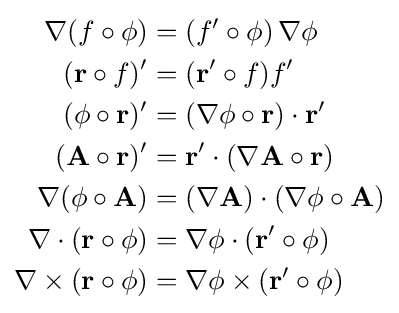
{\begin{aligned}\nabla (f\circ \phi )&=\left(f'\circ \phi \right)\nabla \phi \\(\mathbf {r} \circ f)'&=(\mathbf {r} '\circ f)f'\\(\phi \circ \mathbf {r} )'&=(\nabla \phi \circ \mathbf {r} )\cdot \mathbf {r} '\\(\mathbf {A} \circ \mathbf {r} )'&=\mathbf {r} '\cdot (\nabla \mathbf {A} \circ \mathbf {r} )\\\nabla (\phi \circ \mathbf {A} )&=(\nabla \mathbf {A} )\cdot (\nabla \phi \circ \mathbf {A} )\\\nabla \cdot (\mathbf {r} \circ \phi )&=\nabla \phi \cdot (\mathbf {r} '\circ \phi )\\\nabla \times (\mathbf {r} \circ \phi )&=\nabla \phi \times (\mathbf {r} '\circ \phi )\end{aligned}}